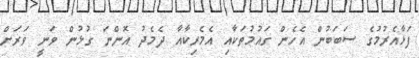
ފަޅާއެރުމުގެ ސަބަބުން އެހެން ގައުމުތަކާއި އެމެރިކާއާ ދެމެދު އޮންނަ ގުޅުން ވަނީ ވަރަށް